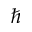
\hbar